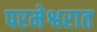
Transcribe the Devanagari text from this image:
परमेश्वरात